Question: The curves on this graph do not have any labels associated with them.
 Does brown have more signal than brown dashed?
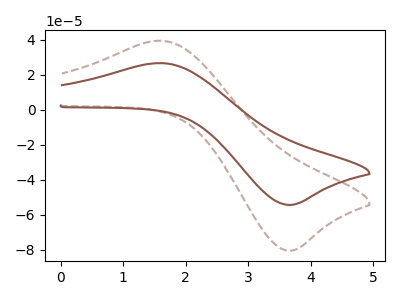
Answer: <think>The brown dashed curve "brown dashed" has an anodic peak at (1.60V, 39.35uA) and a cathodic peak at (3.70V, -80.55uA). The brown curve "brown" has an anodic peak at (1.60V, 26.55uA) and a cathodic peak at (3.70V, -54.40uA).
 All the peaks in "brown" have a peak in "brown dashed" at the same potential. Every peak in "brown" is lower than every peak in "brown dashed".</think>
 <answer>"brown" has less signal than "brown dashed".</answer>
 <eval>less_signal</eval>